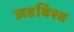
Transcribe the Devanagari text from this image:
जडविश्व